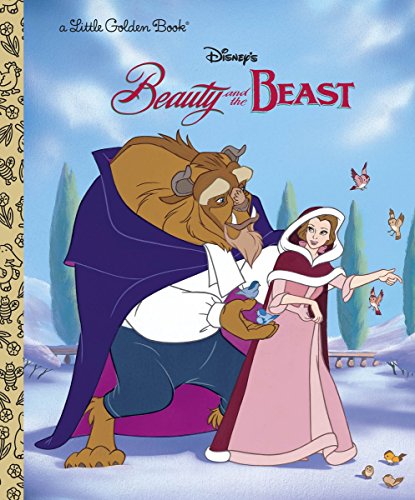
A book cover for Beauty and the Beast (Disney Beauty and the Beast) (Little Golden Book); Teddy Slater; Children's Books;